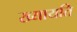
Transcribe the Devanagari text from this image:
ख्यायति